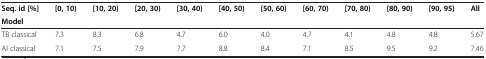
<table><thead><tr><td><b>Seq. id [%]</b></td><td><b>[0, 10)</b></td><td><b>[10, 20)</b></td><td><b>[20, 30)</b></td><td><b>[30, 40)</b></td><td><b>[40, 50)</b></td><td><b>[50, 60)</b></td><td><b>[60, 70)</b></td><td><b>[70, 80)</b></td><td><b>[80, 90)</b></td><td><b>[90, 95)</b></td><td><b>All</b></td></tr><tr><td><b>Model</b></td><td><b> </b></td><td><b> </b></td><td><b> </b></td><td><b> </b></td><td><b> </b></td><td><b> </b></td><td><b> </b></td><td><b> </b></td><td><b> </b></td><td><b> </b></td><td><b> </b></td></tr></thead><tbody><tr><td>TB classical</td><td>7.3</td><td>8.3</td><td>6.8</td><td>4.7</td><td>6.0</td><td>4.0</td><td>4.7</td><td>4.1</td><td>4.8</td><td>4.8</td><td>5.67</td></tr><tr><td>AI classical</td><td>7.1</td><td>7.5</td><td>7.9</td><td>7.7</td><td>8.8</td><td>8.4</td><td>7.1</td><td>8.5</td><td>9.5</td><td>9.2</td><td>7.46</td></tr></tbody></table>